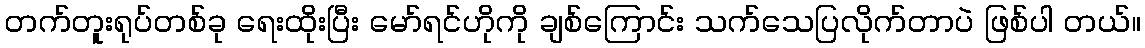
တက်တူးရုပ်တစ်ခု ရေးထိုးပြီး မော်ရင်ဟိုကို ချစ်ကြောင်း သက်သေပြလိုက်တာပဲ ဖြစ်ပါ တယ်။